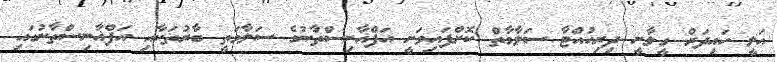
އަލީ ހައިދަރް ގީލާނީ ދިރިހުއްޓާ ސަލާމާތް ކޮށްފައިވަނީ އަފްޣާނިސްތާނުގެ ސަލާމަތީ ބާރުތަކާއި އަފްޣާނިސްތާނުގައި